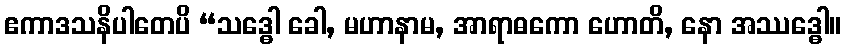
ဧကာဒသနိပါတေပိ “သဒ္ဓေါ ခေါ, မဟာနာမ, အာရာဓကော ဟောတိ, နော အဿဒ္ဓေါ။